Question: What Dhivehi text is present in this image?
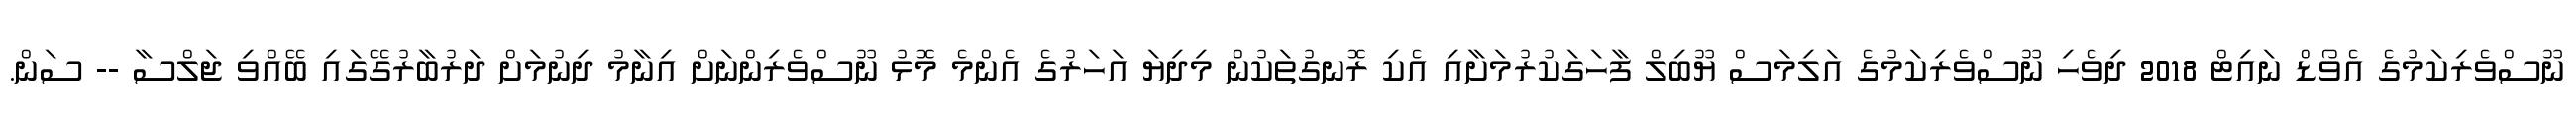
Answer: ނޫސްވެރިކަމުގެ އެވޯޑް ނައިޓް 2018 ދިވެހި ނޫސްވެރިކަމުގެ އަލިމަސް ޔޫބިލް ފާހަގަކުރުމަށާއި އެކި ރޮނގުތަކުން މިދިޔަ އަހަރުގެ އެންމެ މޮޅު ނޫސްވެރިންނަށް އިނާމު ދިނުމަށް ދަރުބާރުގޭގައި ބޭއްވި ޖަލްސާ -- ސަން.